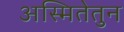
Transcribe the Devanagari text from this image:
अस्मितेतुन